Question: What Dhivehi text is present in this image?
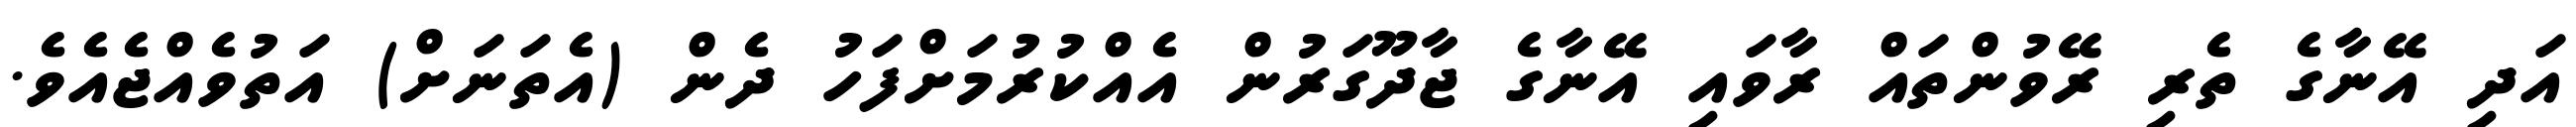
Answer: އަދި އޭނާގެ ތެރި ރޭވުންތައް ރާވައި އޭނާގެ ޖާދޫގަރުން އެއްކުރުމަށްފަހު ދެން (އެތަނަށް) އަތުވެއްޖެއެވެ.